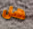
هل